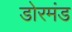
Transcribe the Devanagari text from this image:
डोरमंड